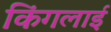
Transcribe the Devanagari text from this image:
किंगलाई